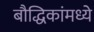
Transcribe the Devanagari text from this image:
बौद्धिकांमध्ये